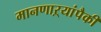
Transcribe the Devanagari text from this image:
मानणाऱ्यांपैकी